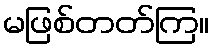
မဖြစ်တတ်ကြ။